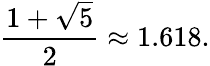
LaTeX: {\frac{1+{\sqrt{5}}}{2}}\approx 1.618.